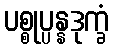
ပစ္စုပ္ပန္နဒုက္ခံ